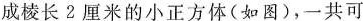
成棱长2厘米的小正方体(如图)，一共可